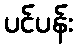
ပင်ပန်း